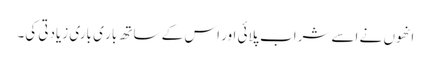
انھوں نے اسے شراب پلائی اور اس کے ساتھ بار ی باری زیادتی کی۔